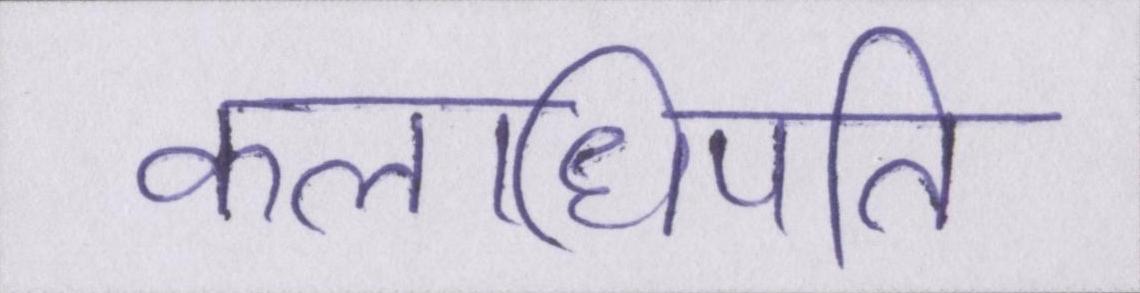
कलाधिपति